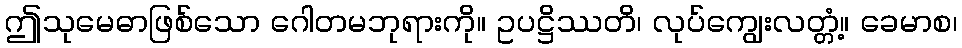
ဤသုမေဓာဖြစ်သော ဂေါတမဘုရားကို။ ဥပဋ္ဌိဿတိ၊ လုပ်ကျွေးလတ္တံ့။ ခေမာစ၊